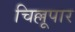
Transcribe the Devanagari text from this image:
चिल्लूपार